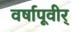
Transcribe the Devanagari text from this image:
वर्षापूवीर्